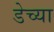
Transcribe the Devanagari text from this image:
डेच्या